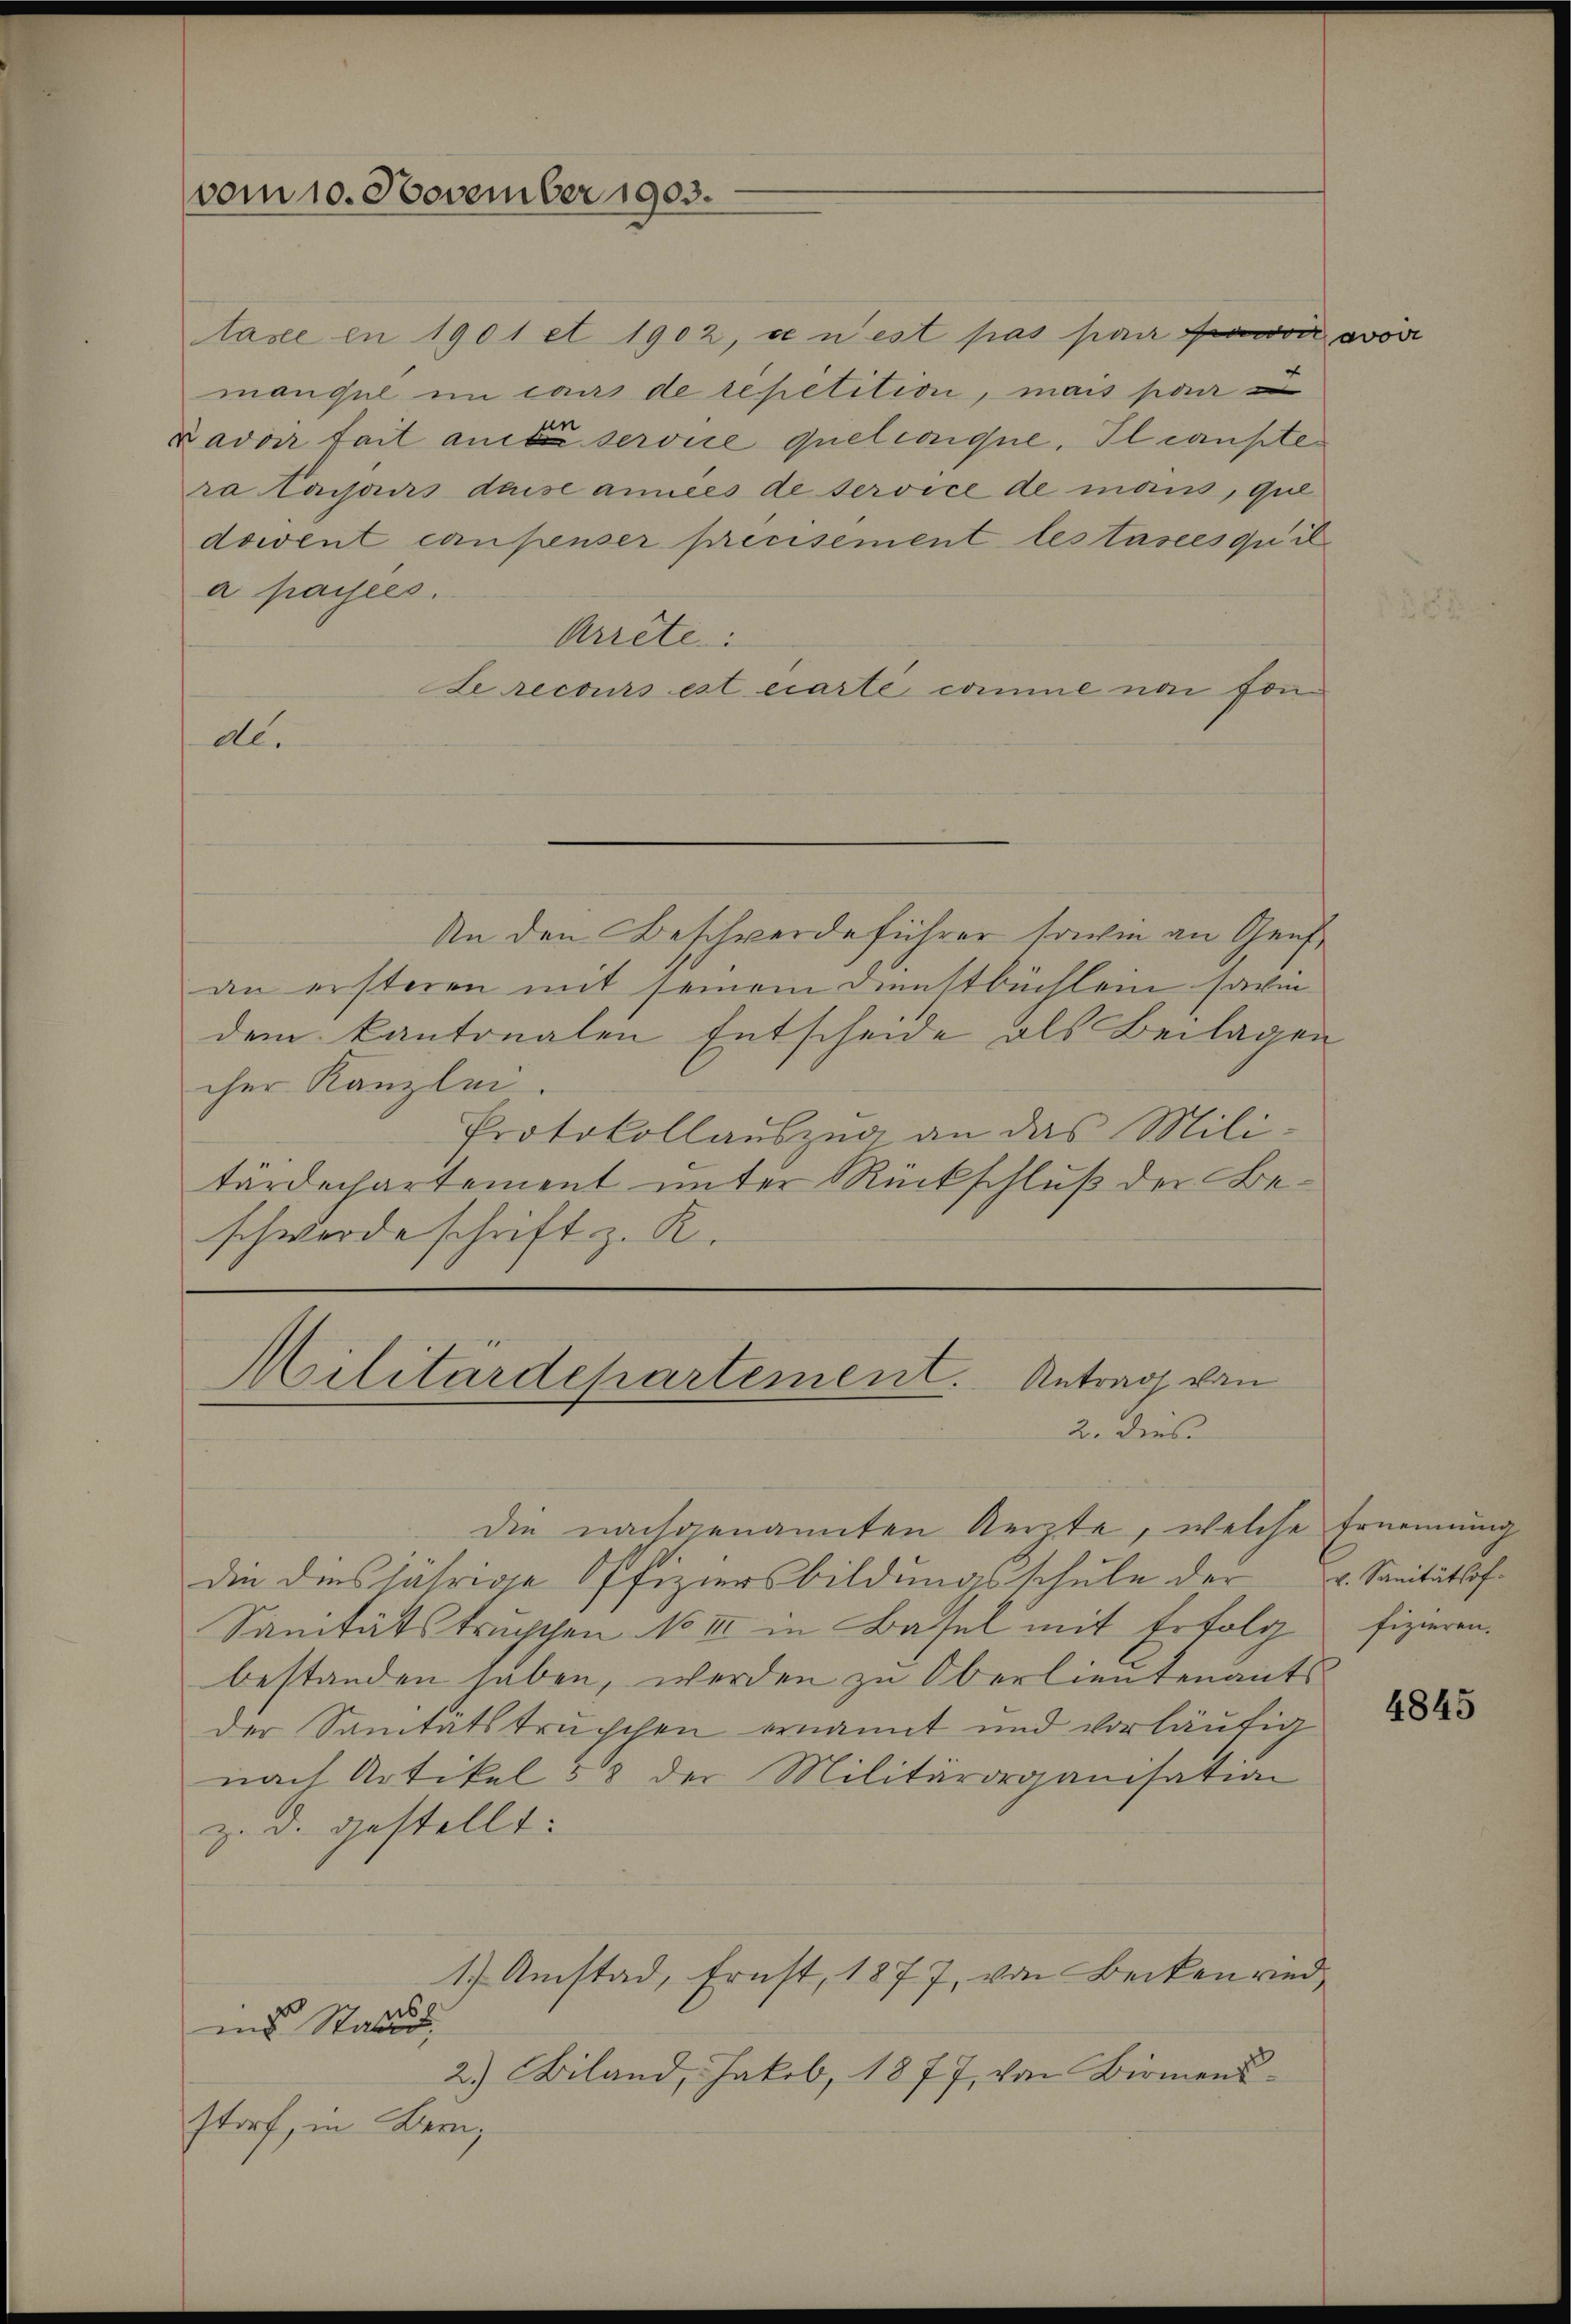
vom 10. November 1903.

lase en 1901 et 1902, den est pas par con von
manque im caus de repetition, mais par
Javoir tait am service quelconque. Il censte
ra laisans dasse années de service de mans, que
dowent conpenser precisement lestasees qu’il
a payées.
Arrete:
Le recours est carte comme non fon
de.
An den Beschwerdeführer sowie an Genf,
an ersteren mit seinem Dienstbüchlein sovie
dem kantonalen Entscheide als Beilagen
cher Kanzlei.
Protokollauszug an das Militärdechartement unter Rückschluß der Beschwerde schrift z. R.

Militärdepartement. Antrag von
2. dies

Die nachgenannten Aerzte, welche Ernennung
die diesjährige Offiziersbildungsschule der
Sanitätstruchthen No III in Basel mit Erfolg fizieren.
bestanden haben, werden zu Oberlieutenants
der Sanitatstruschen ernannt und vorläufig
nach Artikel 58 der Militärorganisation
z. d. gestellt.
1 Amstad, Ernst, 1877, von Beckenrind
us.
ins Station,
2.) Biland, Jakob, 1877, von Birmensstorf, in Bern,

v. Sanitätsof

4845